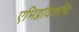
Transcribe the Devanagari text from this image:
एभिर्द्वादशभिः